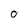
Character: 0